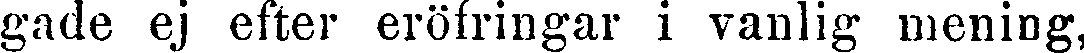
gade ej efter eröfringar i vanlig mening,